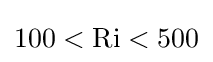
100<{\text{Ri}}<500